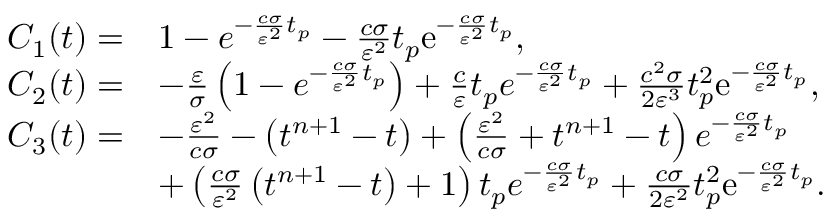
\begin{array} { r l } { C _ { 1 } ( t ) = } & { 1 - e ^ { - \frac { c \sigma } { \varepsilon ^ { 2 } } t _ { p } } - \frac { c \sigma } { \varepsilon ^ { 2 } } t _ { p } \mathrm { e } ^ { - \frac { c \sigma } { \varepsilon ^ { 2 } } t _ { p } } , } \\ { C _ { 2 } ( t ) = } & { - \frac { \varepsilon } { \sigma } \left( 1 - e ^ { - \frac { c \sigma } { \varepsilon ^ { 2 } } t _ { p } } \right) + \frac { c } { \varepsilon } t _ { p } e ^ { - \frac { c \sigma } { \varepsilon ^ { 2 } } t _ { p } } + \frac { c ^ { 2 } \sigma } { 2 \varepsilon ^ { 3 } } t _ { p } ^ { 2 } \mathrm { e } ^ { - \frac { c \sigma } { \varepsilon ^ { 2 } } t _ { p } } , } \\ { C _ { 3 } ( t ) = } & { - \frac { \varepsilon ^ { 2 } } { c \sigma } - \left( t ^ { n + 1 } - t \right) + \left( \frac { \varepsilon ^ { 2 } } { c \sigma } + t ^ { n + 1 } - t \right) e ^ { - \frac { c \sigma } { \varepsilon ^ { 2 } } t _ { p } } } \\ & { + \left( \frac { c \sigma } { \varepsilon ^ { 2 } } \left( t ^ { n + 1 } - t \right) + 1 \right) t _ { p } e ^ { - \frac { c \sigma } { \varepsilon ^ { 2 } } t _ { p } } + \frac { c \sigma } { 2 \varepsilon ^ { 2 } } t _ { p } ^ { 2 } \mathrm { e } ^ { - \frac { c \sigma } { \varepsilon ^ { 2 } } t _ { p } } . } \end{array}